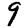
Digit: 9